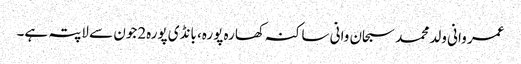
عمر وانی ولد محمد سبحان وانی ساکنہ کھارہ پورہ، بانڈی پورہ2جون سے لاپتہ ہے۔